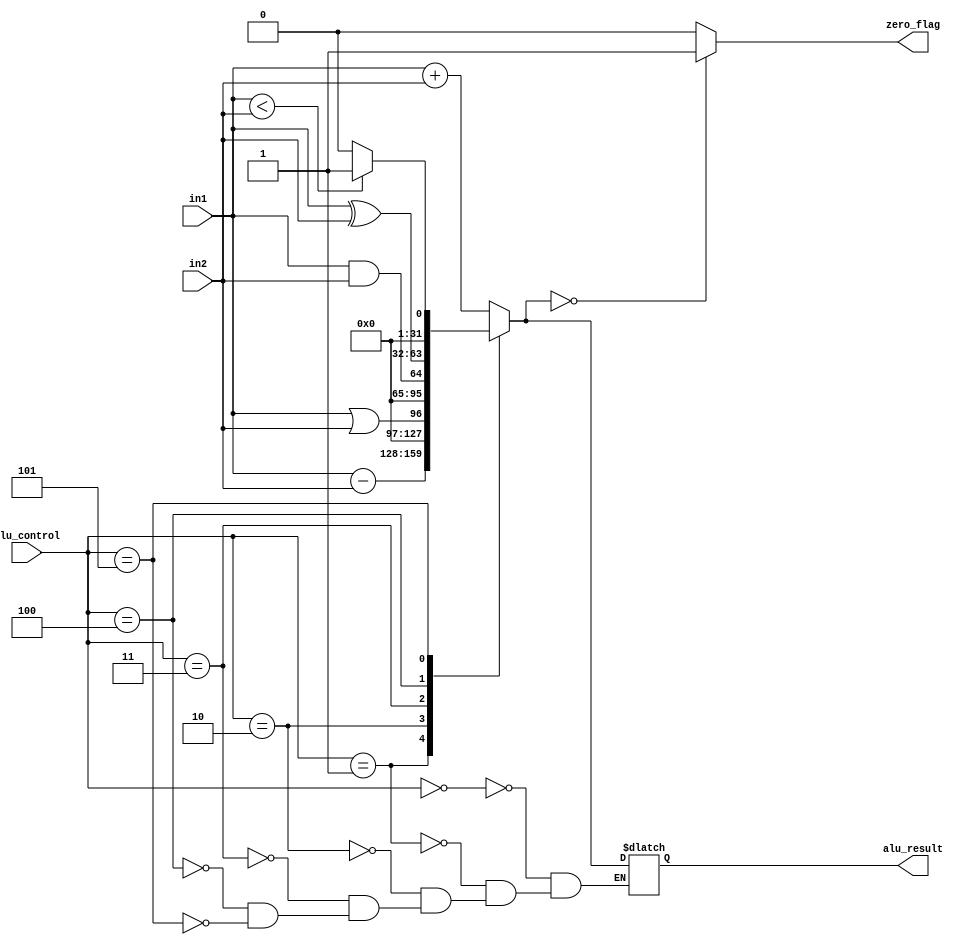
module ALU (
    input [31:0] in1, in2,  // Input operands
    input [3:0] alu_control, // ALU control lines
    output reg [31:0] alu_result, // Result of ALU operation
    output reg zero_flag // Flag indicating if result is zero
);
    always @(*)
    begin
        // Operating based on control input
        case(alu_control)
            4'b0000: alu_result = in1 + in2; // Addition
            4'b0001: alu_result = in1 - in2; // Subtraction
            4'b0010: alu_result = in1 || in2; // Logical OR
            4'b0011: alu_result = in1 && in2; // Logical AND
            4'b0100: alu_result = in1 ^ in2; // XOR
            4'b0101: begin 
                if (in1 < in2) // Set on less than
                    alu_result = 1; 
                else
                    alu_result = 0;
            end
        endcase

        // Setting Zero_flag if ALU_result is zero
        if (alu_result == 0)
            zero_flag = 1'b1;
        else
            zero_flag = 1'b0;
    end
endmodule